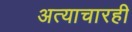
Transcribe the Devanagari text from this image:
अत्याचारही